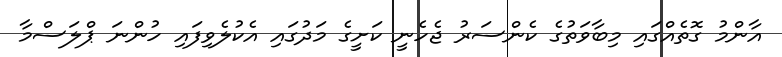
އާންމު ގޮތެއްގައި މިބާވަތުގެ ކެންސަރު ޖެހެނީ ކަށީގެ މަދުގައި އެކުލެވިފައި ހުންނަ ޕްލަސްމާ